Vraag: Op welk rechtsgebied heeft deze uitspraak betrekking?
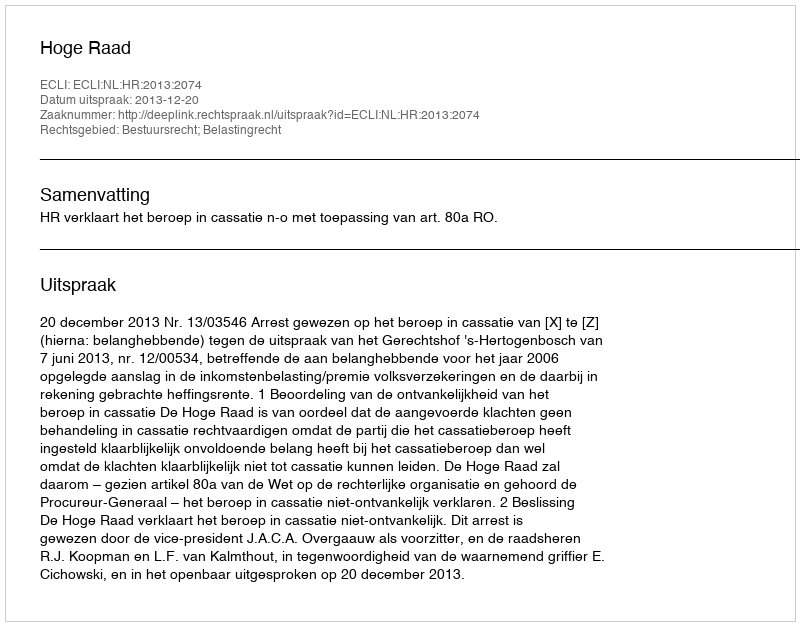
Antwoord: Bestuursrecht; Belastingrecht